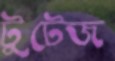
টুটেজ